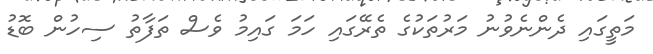
މަތީގައި ދެންނެވުނު މަރުތަކުގެ ތެރޭގައި ހަމަ ގައިމު ވެސް ތަފާތު ސިހުން ބޮޑު